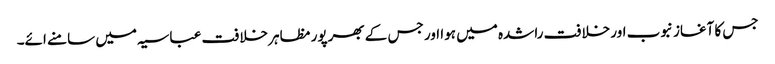
جس کا آغاز نبوب اور خلافت راشدہ میں ہوا اور جس کے بھرپور مظاہر خلافت عباسیہ میں سامنے ائے۔